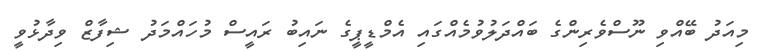
މިއަދު ބޭއްވި ނޫސްވެރިންގެ ބައްދަލުވުމެއްގައި އެމްޑީޕީގެ ނައިބު ރައީސް މުހައްމަދު ޝިފާޒް ވިދާޅުވީ